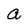
Character: a